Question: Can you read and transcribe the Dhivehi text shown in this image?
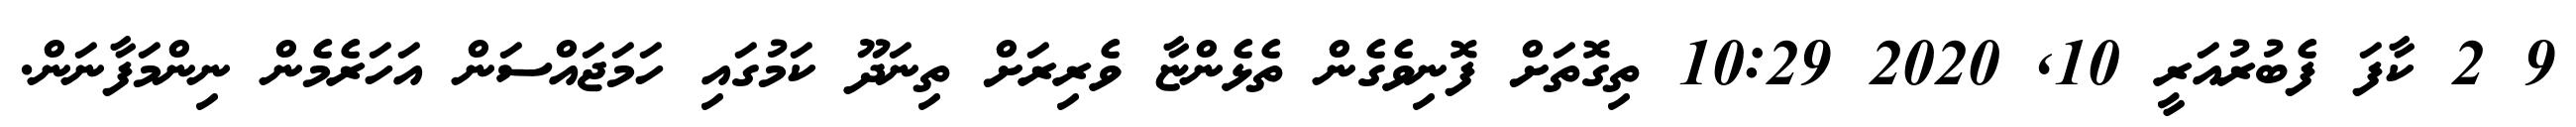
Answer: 9 2 ކާފަ ފެބުރުއަރީ 10, 2020 10:29 ތިގޮތަށް ފޮނިވެގެން ތެޅެންޏާ ވެރިރަށް ތިނަދޫ ކަމުގައި ހަމަޖައްސަން އަހަރެމެން ނިންމަފާނަން.